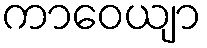
ကာဝေယျာ